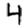
Digit: 4